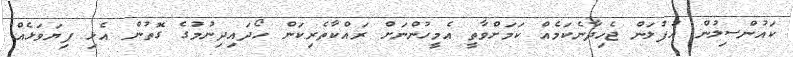
ކައުންސިލުން އުފުލަން ޖެހިދާނެކަމެއް ކަމަށްވާތީ އެމީހުންނަށް ރައްކާތެރިކަން ހޯދައިދިނުމުގެ ގޮތުން އެޅި ފިޔަވަޅެއް